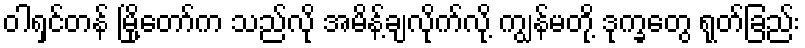
ဝါရှင်တန် မြို့တော်က သည်လို အမိန့်ချလိုက်လို့ ကျွန်မတို့ ဒုက္ခတွေ ရုတ်ခြည်း